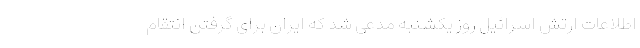
اطلاعات ارتش اسرائیل روز یکشنبه مدعی شد که ایران برای گرفتن انتقام